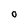
Character: O